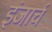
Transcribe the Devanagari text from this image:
इंजार्च